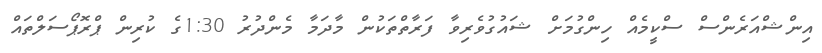
އިންޝްއަރެންސް ސްކީމެއް ހިންގުމަށް ޝައުގުވެރިވާ ފަރާތްތަކުން މާދަމާ މެންދުރު 1:30ގެ ކުރިން ޕްރޮޕޯސަލްތައް